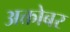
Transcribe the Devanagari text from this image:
अक्तोबर